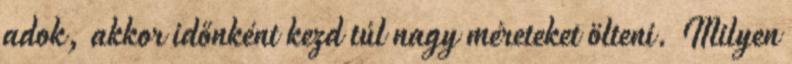
adok, akkor időnként kezd túl nagy méreteket ölteni. Milyen